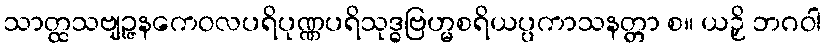
သာတ္ထသဗျဉ္ဇနကေဝလပရိပုဏ္ဏပရိသုဒ္ဓဗြဟ္မစရိယပ္ပကာသနတ္တာ စ။ ယဉှိ ဘဂဝါ